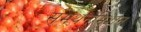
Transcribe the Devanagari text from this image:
समर्थनमिशन